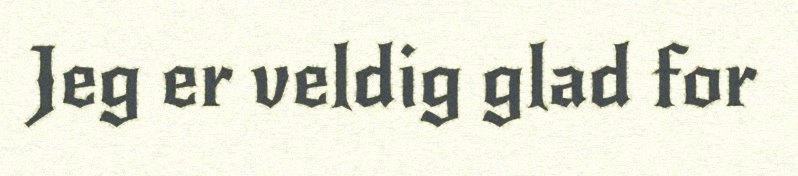
Jeg er veldig glad for